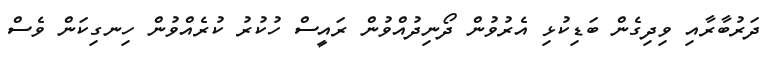
ދަރުބާރާއި ވިދިގެން ބަޑިކުޅި އެރުވުން ދޯނިދުއްވުން ރައީސް ހުކުރު ކުރެއްވުން ހިނގިކަން ވެސް